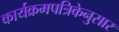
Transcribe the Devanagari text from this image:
कार्यक्रमपत्रिकेनुसार